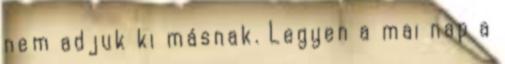
nem adjuk ki másnak. Legyen a mai nap a